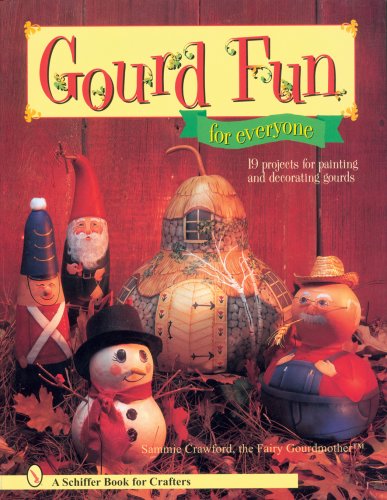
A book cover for Gourd Fun for Everyone (Schiffer Book for Crafters); Sammie Crawford; Crafts, Hobbies & Home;